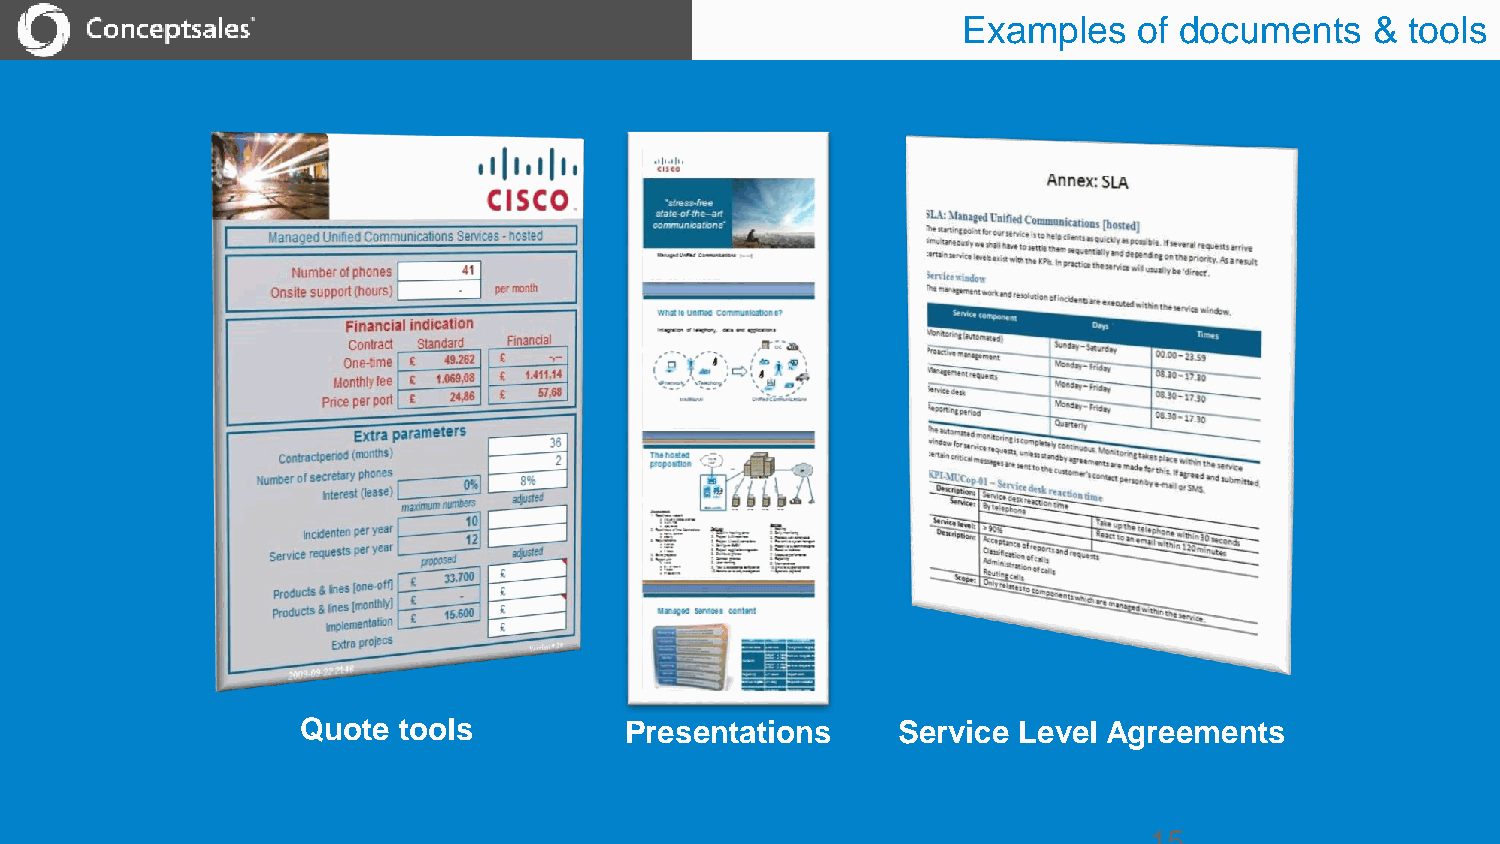
Examples   of documents    & tools
 Quote tools          Presentations     Service Level Agreements
 15